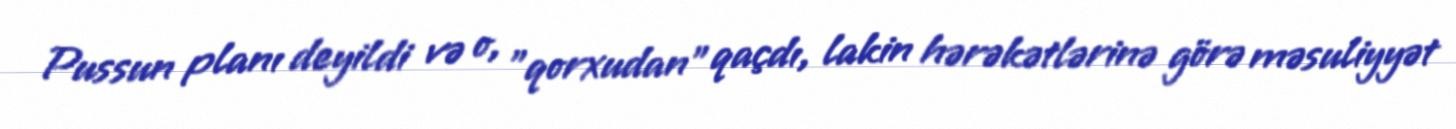
Pussun planı deyildi və o, "qorxudan" qaçdı, lakin hərəkətlərinə görə məsuliyyət